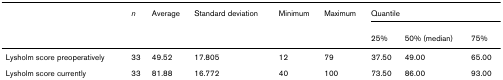
|  | n | Average | Standard deviation | Minimum | Maximum | <COLSPAN=3> Quantile |
 |  |  |  |  |  |  | 25% | 50% (median) | 75% |
 | --- | --- | --- | --- | --- | --- | --- | --- | --- |
 | Lysholm score preoperatively | 33 | 49.52 | 17.805 | 12 | 79 | 37.50 | 49.00 | 65.00 |
 | Lysholm score currently | 33 | 81.88 | 16.772 | 40 | 100 | 73.50 | 86.00 | 93.00 |